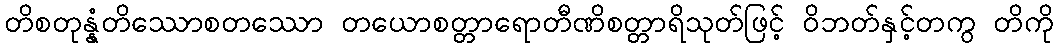
တိစတုန္နံတိဿောစတဿော တယောစတ္တာရောတီဏိစတ္တာရိသုတ်ဖြင့် ဝိဘတ်နှင့်တကွ တိကို